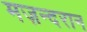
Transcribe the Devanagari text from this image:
मज़न्दरान